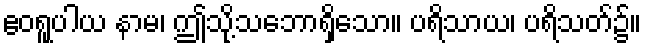
ဧဝရူပါယ နာမ၊ ဤသို့သဘောရှိသော။ ပရိသာယ၊ ပရိသတ်၌။